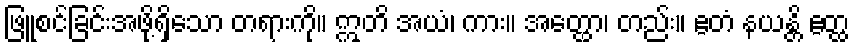
ဖြူစင်ခြင်းအဖို့ရှိသော တရားကို။ ဣတိ အယံ၊ ကား။ အတ္ထော၊ တည်း။ ဧတံ နယန္တိ ဧတ္ထ